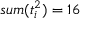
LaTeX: s u m ( t _ { i } ^ { 2 } ) = 1 6